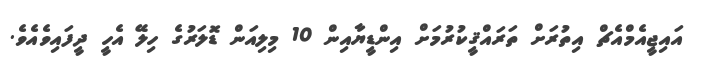
އައިޖީއެމްއެޗް އިތުރަށް ތަރައްޤީކުރުމަށް އިންޑީޔާއިން 10 މިލިިއަން ޑޮލަރުގެ ހިލޭ އެހީ ދީފައިވެއެވެ.